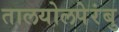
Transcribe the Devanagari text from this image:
तालयोलपेरंबु